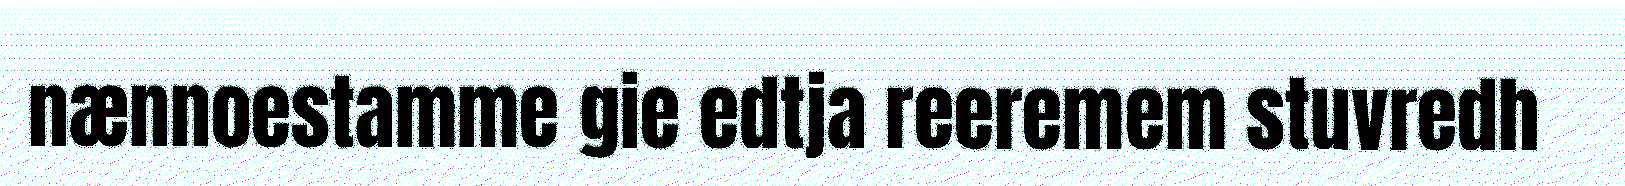
nænnoestamme gie edtja reeremem stuvredh